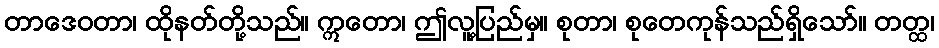
တာဒေဝတာ၊ ထိုနတ်တို့သည်။ ဣတော၊ ဤလူ့ပြည်မှ။ စုတာ၊ စုတေကုန်သည်ရှိသော်။ တတ္ထ၊